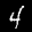
Label: 4